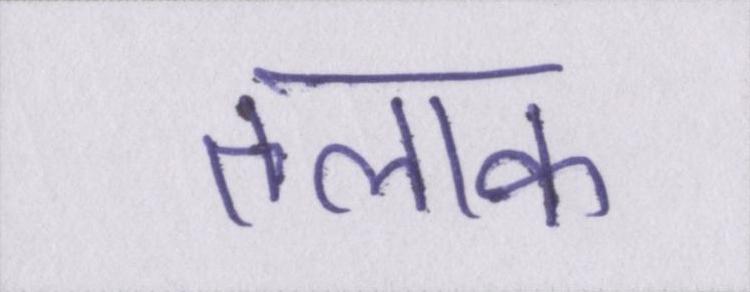
तलाक